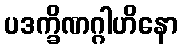
ပဒက္ခိဏဂ္ဂါဟိနော